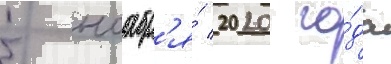
5 ноабр'я́ 2020 го́да